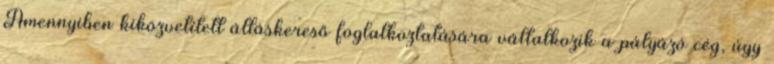
Amennyiben kiközvetített álláskereső foglalkoztatására vállalkozik a pályázó cég, úgy